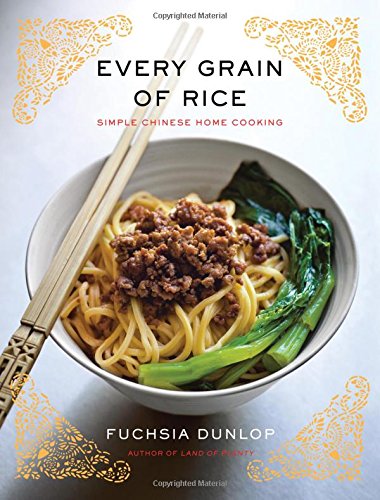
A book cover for Every Grain of Rice: Simple Chinese Home Cooking; Fuchsia Dunlop; Cookbooks, Food & Wine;